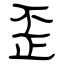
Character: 歪